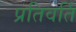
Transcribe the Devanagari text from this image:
प्रतिवर्ति